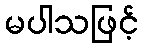
မပါသဖြင့်